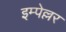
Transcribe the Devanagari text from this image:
इम्पेल्लर